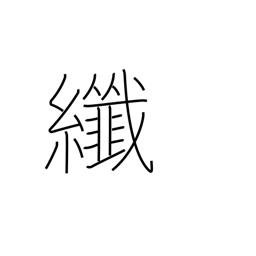
Meaning: fine